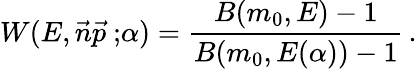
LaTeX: W(E,\vec{n}\vec{p}{\ ;}\alpha)=\frac{B(m_{0},E)-1}{B(m_{0},E(\alpha))-1}\, .